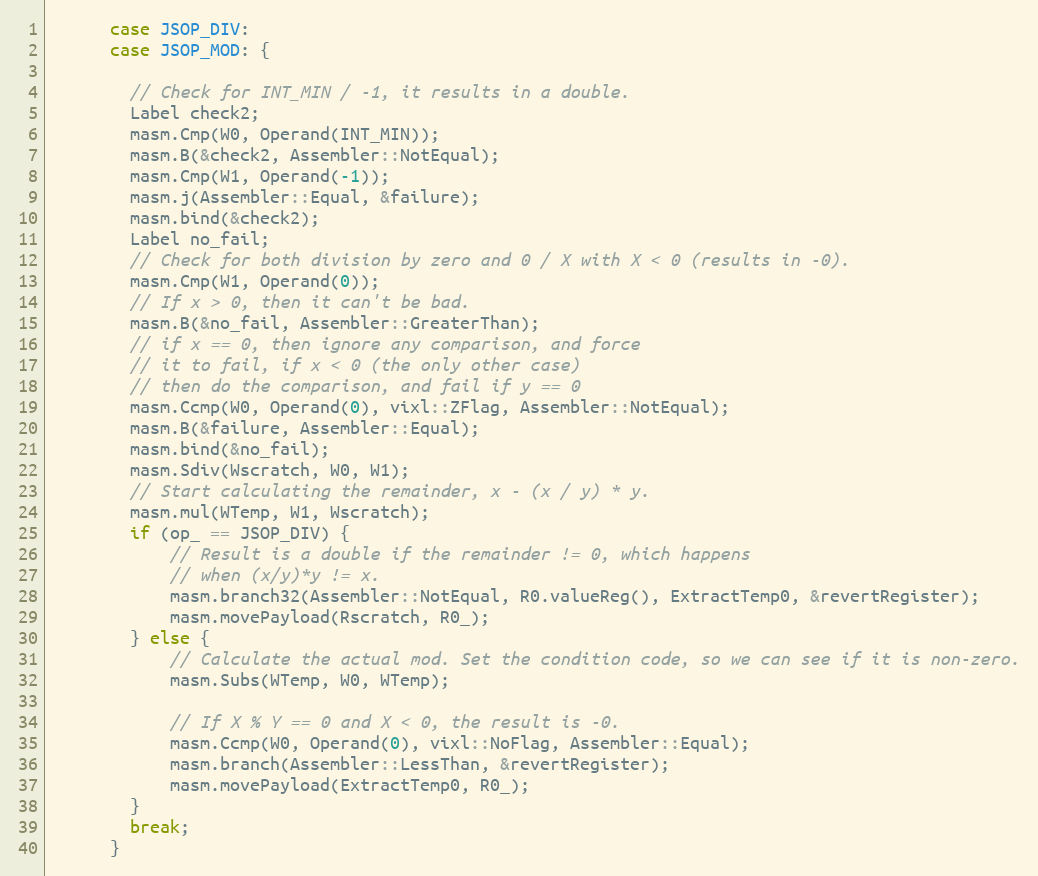
Language: C++
      case JSOP_DIV:
      case JSOP_MOD: {

        // Check for INT_MIN / -1, it results in a double.
        Label check2;
        masm.Cmp(W0, Operand(INT_MIN));
        masm.B(&check2, Assembler::NotEqual);
        masm.Cmp(W1, Operand(-1));
        masm.j(Assembler::Equal, &failure);
        masm.bind(&check2);
        Label no_fail;
        // Check for both division by zero and 0 / X with X < 0 (results in -0).
        masm.Cmp(W1, Operand(0));
        // If x > 0, then it can't be bad.
        masm.B(&no_fail, Assembler::GreaterThan);
        // if x == 0, then ignore any comparison, and force
        // it to fail, if x < 0 (the only other case)
        // then do the comparison, and fail if y == 0
        masm.Ccmp(W0, Operand(0), vixl::ZFlag, Assembler::NotEqual);
        masm.B(&failure, Assembler::Equal);
        masm.bind(&no_fail);
        masm.Sdiv(Wscratch, W0, W1);
        // Start calculating the remainder, x - (x / y) * y.
        masm.mul(WTemp, W1, Wscratch);
        if (op_ == JSOP_DIV) {
            // Result is a double if the remainder != 0, which happens
            // when (x/y)*y != x.
            masm.branch32(Assembler::NotEqual, R0.valueReg(), ExtractTemp0, &revertRegister);
            masm.movePayload(Rscratch, R0_);
        } else {
            // Calculate the actual mod. Set the condition code, so we can see if it is non-zero.
            masm.Subs(WTemp, W0, WTemp);

            // If X % Y == 0 and X < 0, the result is -0.
            masm.Ccmp(W0, Operand(0), vixl::NoFlag, Assembler::Equal);
            masm.branch(Assembler::LessThan, &revertRegister);
            masm.movePayload(ExtractTemp0, R0_);
        }
        break;
      }